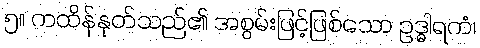
၅။ ကထိန်နုတ်သည်၏ အစွမ်းဖြင့်ဖြစ်သော ဥဒ္ဓါရကံ၊